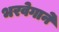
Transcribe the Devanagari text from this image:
भरवेगाने